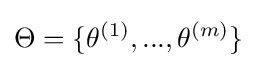
\Theta =\{\theta ^{(1)},...,\theta ^{(m)}\}